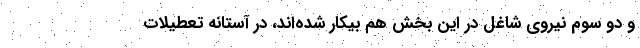
و دو سوم نیروی شاغل در این بخش هم بیکار شده‌اند، در آستانه تعطیلات